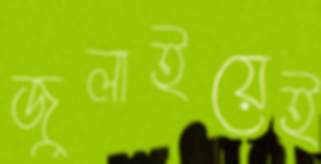
জুলাইয়েই